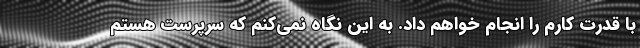
با قدرت کارم را انجام خواهم داد. به این نگاه نمی‌کنم که سرپرست هستم